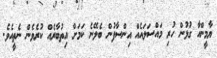
ޔާމީންއާ ގުޅުން ހުރި މައްސަލައެއް އިންސާފުން ބެލޭނެ ކަމަށް އިތުބާރެއް ކުރެވެން ނެތީއެވެ.